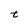
Character: t